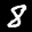
Label: 8